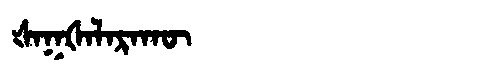
Manchu: ᡧᠠᡴᡧᠠᠯᠠᡵᠠᡴᡡ
Romanization: ŠAKŠALARAKŪ